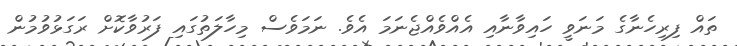
ތައް ފިރިހެނާގެ މަނަވީ ހައިވާނާއި އެއްވެއްޖެނަމަ އެވެ. ނަމަވެސް މިހާލަތުގައި ފަރުވާކޮށް ރަގަޅުވުމުން